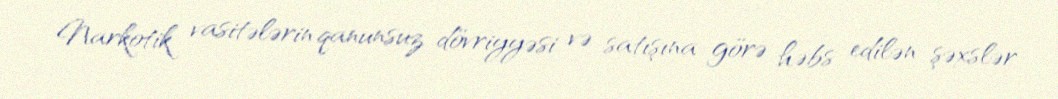
Narkotik vasitələrin qanunsuz dövriyyəsi və satışına görə həbs edilən şəxslər